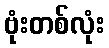
ဗုံးတစ်လုံး